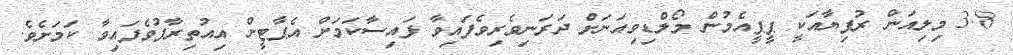
3.8 މިލިއަން ރުފިޔާއަކީ ޕީޕީއެމުން މޯލްޑިވިއަނަށް ދަރަނިވެރިވެފައިވާ ފައިސާކަމަށް އެޕާޓީން އިއުތިރާފުވެފައިވާ ކަމަށެވެ.